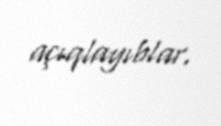
açıqlayıblar.